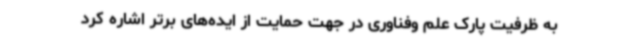
به ظرفیت پارک علم وفناوری در جهت حمایت از ایده‌های برتر اشاره کرد